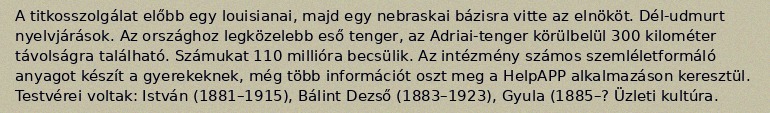
A titkosszolgálat előbb egy louisianai, majd egy nebraskai bázisra vitte az elnököt. Dél-udmurt nyelvjárások. Az országhoz legközelebb eső tenger, az Adriai-tenger körülbelül 300 kilométer távolságra található. Számukat 110 millióra becsülik. Az intézmény számos szemléletformáló anyagot készít a gyerekeknek, még több információt oszt meg a HelpAPP alkalmazáson keresztül. Testvérei voltak: István (1881–1915), Bálint Dezső (1883–1923), Gyula (1885–? Üzleti kultúra.